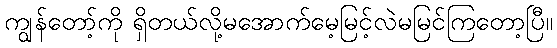
ကျွန်တော့်ကို ရှိတယ်လို့မအောက်မေ့မြင့်လဲမမြင်ကြတော့ပြီ။